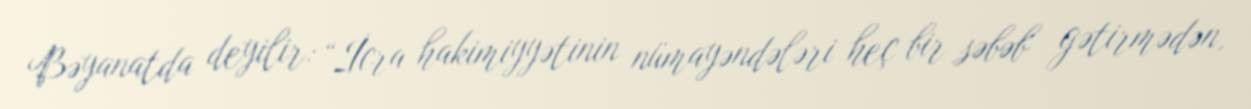
Bəyanatda deyilir: “İcra hakimiyyətinin nümayəndələri heç bir səbəb gətirmədən,